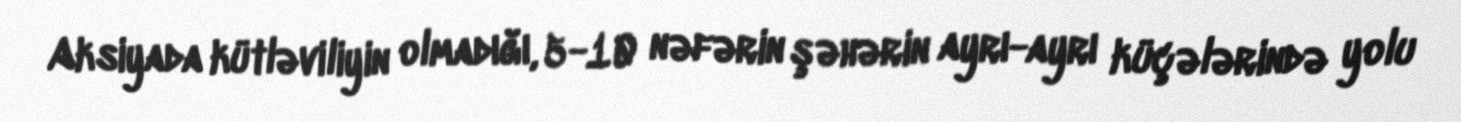
Aksiyada kütləviliyin olmadığı, 5-10 nəfərin şəhərin ayrı-ayrı küçələrində yolu